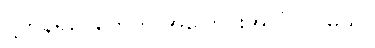
ပို့ကုန်ရငွေတွေကို အပြောင်းအလဲလုပ်မယ်။